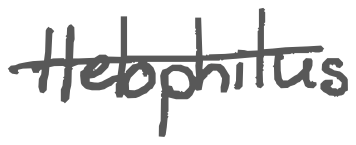
Text: Helophilus
Cross-out: single-line
Writing tool: digital_gray